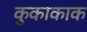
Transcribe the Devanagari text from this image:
कुकाकाक